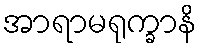
အာရာမရုက္ခာနိ